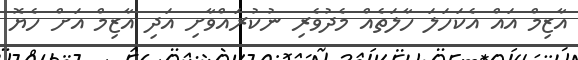
އާޒިމް އައް އެކަހަލަ ހާލަތެއް މެދުވެރި ނުކުރައްވާށި އަދި އާޒިމް އަށް ހެޔޮ